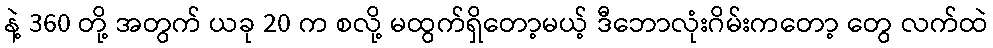
နဲ့ 360 တို့ အတွက် ယခု 20 က စလို့ မထွက်ရှိတော့မယ့် ဒီဘောလုံးဂိမ်းကတော့ တွေ လက်ထဲ